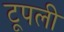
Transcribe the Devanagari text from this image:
टूपली